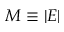
M \equiv | E |